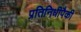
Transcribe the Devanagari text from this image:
प्रतिनिधीपैकी